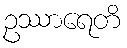
ဥဿာရေတိ